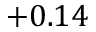
+ 0 . 1 4